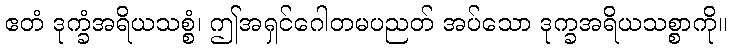
ဧတံ ဒုက္ခံအရိယသစ္စံ၊ ဤအရှင်ဂေါတမပညတ် အပ်သော ဒုက္ခအရိယသစ္စာကို။